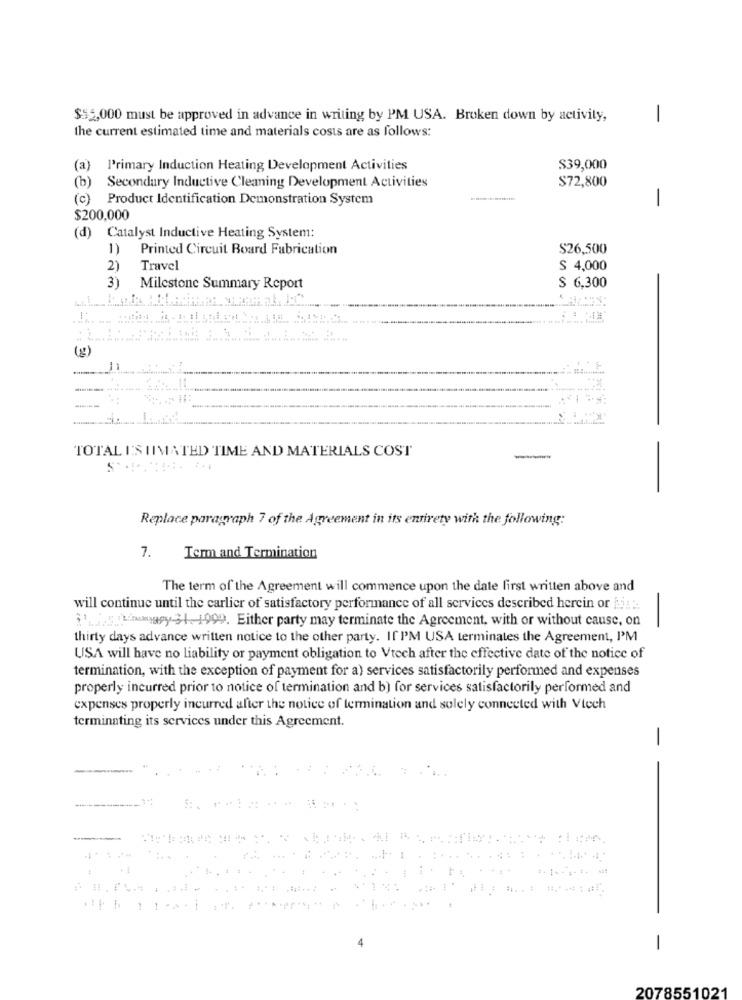
$55,000 must be approved in advance in writing by PM USA. Broken down by activity,
1
the current estimated time and materials costs are as follows:
(a) l'rimary Induction Heating Development Activities
$39,000
(b)
Secondary Inductive Cleaning Development Activities
$72,800
(c) Product Identification Demonstration System
-
$200.000
(d) Catalyst Inductive Heating System:
1)
Printed Circuit Board Fabrication
S26,500
2)
Travel
S 4,000
3)
Milestone Summary Report
$ 6,300
-
TOTAL I'S IIMATED TIME AND MATERIALS COST
-
S' ......... ...
Replace paragraph 7 of the Agreement in its entirety with the following:
7.
Term and Termination
The term of the Agreement will commence upon the date first written above and
will continue until the carlier of satisfactory performance of all services described herein or ijte
THEDay-31. 1999. Either party may terminate the Agreement, with or without cause, on
-
thirty days advance written notice to the other party. If I'M USA terminales the Agreement, PM
USA will have no liability or payment obligation to Vtech after the effective date of the notice of
termination, with the exception of payment for a) services satisfactorily performed and expenses
properly incurred prior to notice of termination and b) for services satisfactorily performed and
expenses properly incurred after the notice of termination and solely connected with Vtech
terminating its services under this Agreement.
-
-
-
-
2078551021